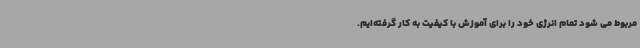
مربوط می شود تمام انرژی خود را برای آموزش با کیفیت به کار گرفته‌ایم.